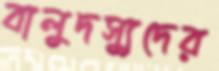
বালুদস্যুদের